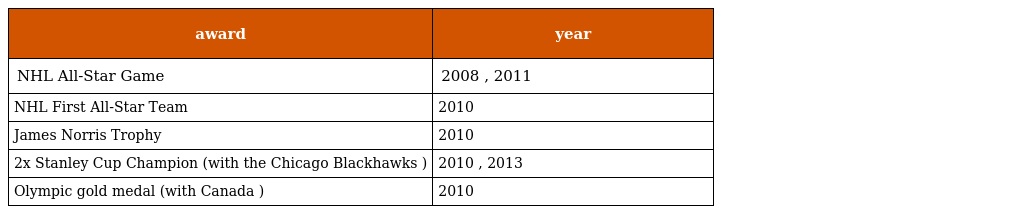
| award | year |
 | --- | --- |
 | NHL All-Star Game | 2008 , 2011 |
 | NHL First All-Star Team | 2010 |
 | James Norris Trophy | 2010 |
 | 2x Stanley Cup Champion (with the Chicago Blackhawks ) | 2010 , 2013 |
 | Olympic gold medal (with Canada ) | 2010 |